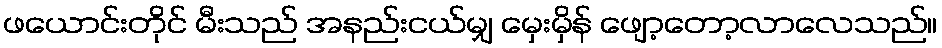
ဖယောင်းတိုင် မီးသည် အနည်းငယ်မျှ မှေးမှိန် ဖျော့တော့လာလေသည်။